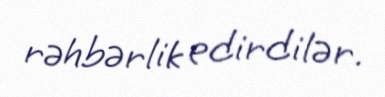
rəhbərlik edirdilər.